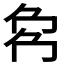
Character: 𠜌